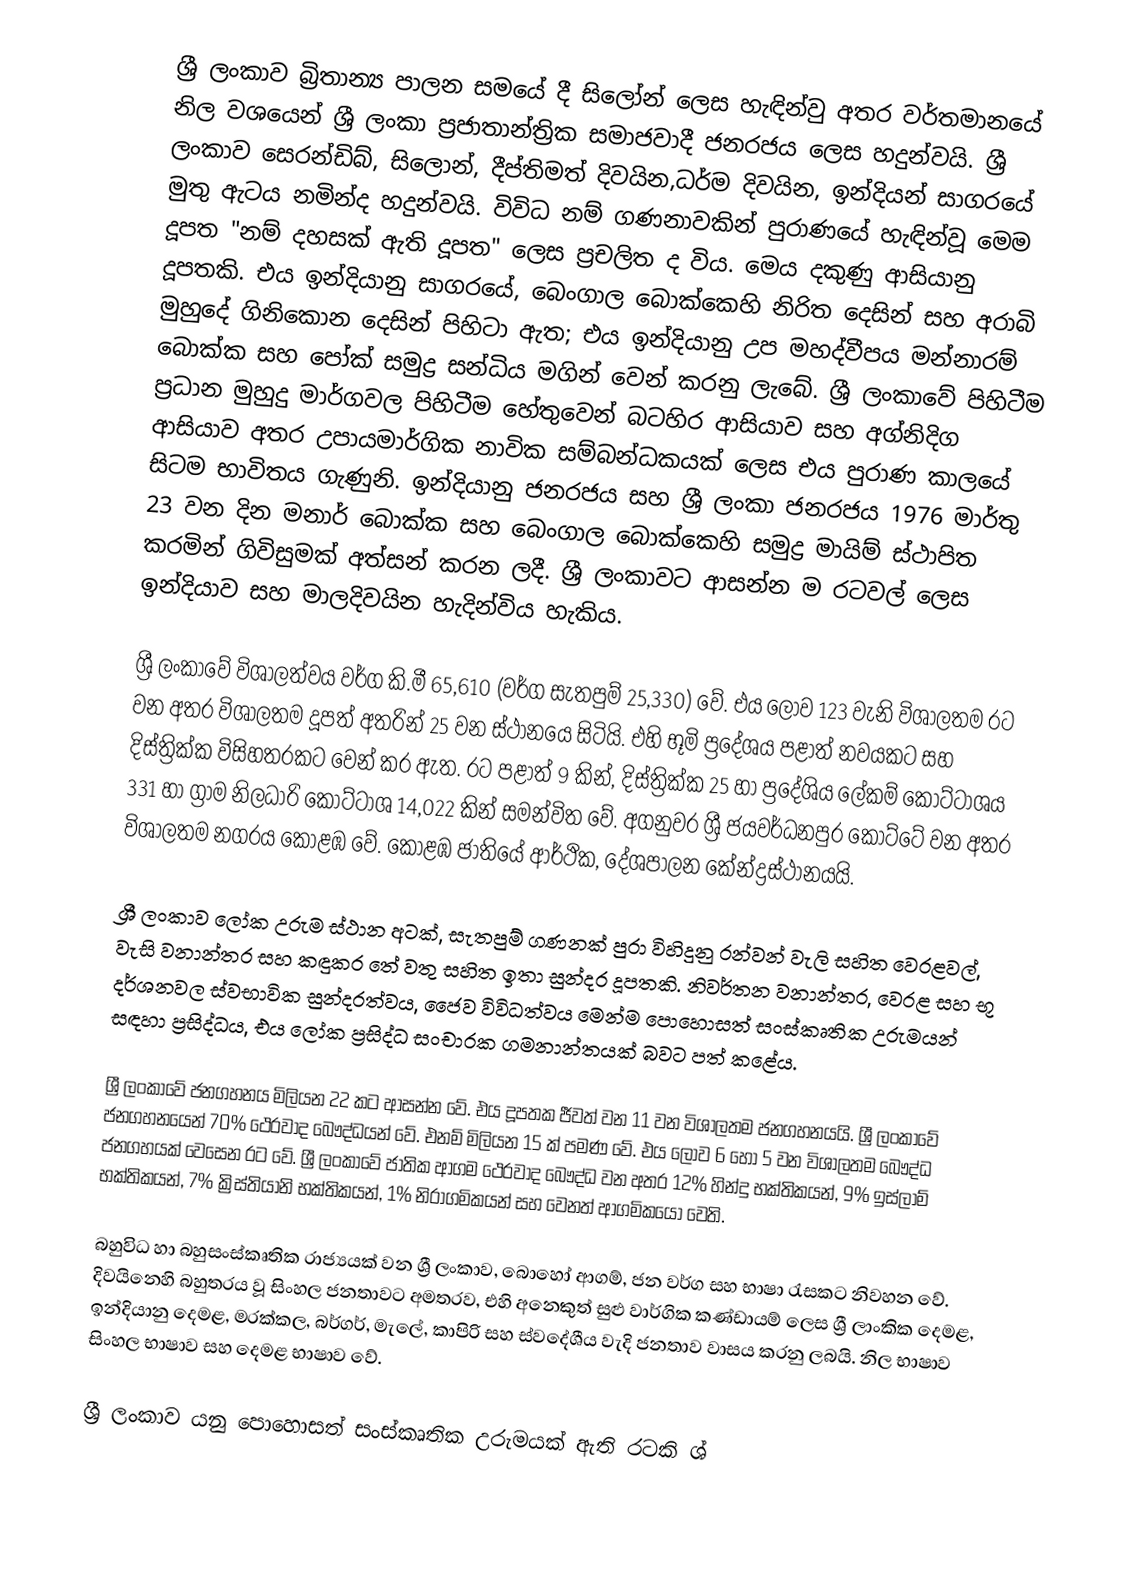
ශ්‍රී ලංකාව බ්‍රිතාන්‍ය පාලන සමයේ දී සිලෝන් ලෙස හැඳින්වු අතර වර්තමානයේ නිල වශයෙන් ශ්‍රී ලංකා ප්‍රජාතාන්ත්‍රික සමාජවාදී ජනරජය ලෙස හදුන්වයි.  ශ්‍රී ලංකාව සෙරන්ඩිබ්, සිලොන්, දීප්තිමත් දිවයින,ධර්ම දිවයින, ඉන්දියන් සාගරයේ මුතු ඇටය නමින්ද හදුන්වයි. විවිධ නම් ගණනාවකින් පුරාණයේ හැඳින්වූ මෙම දූපත "නම් දහසක් ඇති දූපත" ලෙස ප්‍රචලිත ද විය. මෙය දකුණු ආසියානු දූපතකි. එය ඉන්දියානු සාගරයේ, බෙංගාල බොක්කෙහි නිරිත දෙසින් සහ අරාබි මුහුදේ ගිනිකොන දෙසින් පිහිටා ඇත; එය ඉන්දියානු උප මහද්වීපය මන්නාරම් බොක්ක සහ පෝක් සමුද්‍ර සන්ධිය මගින් වෙන් කරනු ලැබේ. ශ්‍රී ලංකාවේ පිහිටීම ප්‍රධාන මුහුදු මාර්ගවල පිහිටීම හේතුවෙන් බටහිර ආසියාව සහ අග්නිදිග ආසියාව අතර උපායමාර්ගික නාවික සම්බන්ධකයක් ලෙස එය පුරාණ කාලයේ සිටම භාවිතය ගැණුනි. ඉන්දියානු ජනරජය සහ ශ්‍රී ලංකා ජනරජය 1976 මාර්තු 23 වන දින මනාර් බොක්ක සහ බෙංගාල බොක්කෙහි සමුද්‍ර මායිම් ස්ථාපිත කරමින් ගිවිසුමක් අත්සන් කරන ලදී. ශ්‍රී ලංකාවට ආසන්න ම රටවල් ලෙස ඉන්දියාව සහ මාලදිවයින හැදින්විය හැකිය.

ශ්‍රී ලංකාවේ විශාලත්වය වර්ග කි.මී 65,610 (වර්ග සැතපුම් 25,330) වේ. එය ලොව 123 වැනි විශාලතම රට වන අතර විශාලතම දූපත් අතරින් 25 වන ස්ථානයෙ සිටියි. එහි භූමි ප්‍රදේශය පළාත් නවයකට සහ දිස්ත්‍රික්ක විසිහතරකට වෙන් කර ඇත. රට පළාත් 9 කින්, දිස්ත්‍රික්ක 25 හා ප්‍රදේශිය ලේකම් කොට්ටාශය 331 හා ග්‍රාම නිලධාරි කොට්ටාශ 14,022 කින් සමන්විත වේ. අගනුවර ශ්‍රී ජයවර්ධනපුර කොට්ටේ වන අතර විශාලතම නගරය කොළඹ වේ. කොළඹ ජාතියේ ආර්ථික, දේශපාලන කේන්ද්‍රස්ථානයයි.

ශ්‍රී ලංකාව ලෝක උරුම ස්ථාන අටක්, සැතපුම් ගණනක් පුරා විහිදුනු රන්වන් වැලි සහිත වෙරළවල්, වැසි වනාන්තර සහ කඳුකර තේ වතු සහිත ඉතා සුන්දර දූපතකි. නිවර්තන වනාන්තර, වෙරළ සහ භූ දර්ශනවල ස්වභාවික සුන්දරත්වය, ජෛව විවිධත්වය මෙන්ම පොහොසත් සංස්කෘතික උරුමයන් සඳහා ප්‍රසිද්ධය, එය ලෝක ප්‍රසිද්ධ සංචාරක ගමනාන්තයක් බවට පත් කළේය.

ශ්‍රී ලංකාවේ ජනගහනය මිලියන 22 කට ආසන්න වේ. එය දූපතක ජීවත් වන 11 වන විශාලතම ජනගහනයයි. ශ්‍රී ලංකාවේ ජනගහනයෙන් 70%  ථෙරවාද බෞද්ධයන් වේ. එනම් මිලියන 15 ක් පමණ වේ. එය ලොව 6 හෝ 5  වන විශාලතම බෞද්ධ ජනගහයක් වෙසෙන රට වේ. ශ්‍රී ලංකාවේ ජාතික ආගම ථෙරවාද බෞද්ධ  වන අතර 12% හින්දු භක්තිකයන්, 9% ඉස්ලාම් භක්තිකයන්, 7% ක්‍රිස්තියානි භක්තිකයන්, 1% නිරාගමිකයන් සහ වෙනත් ආගමිකයෝ වෙති.

බහුවිධ හා බහුසංස්කෘතික රාජ්‍යයක් වන ශ්‍රී ලංකාව, බොහෝ ආගම්, ජන වර්ග සහ භාෂා රැසකට නිවහන වේ. දිවයිනෙහි බහුතරය වූ සිංහල ජනතාවට අමතරව, එහි අනෙකුත් සුළු වාර්ගික කණ්ඩායම් ලෙස ශ්‍රී ලාංකික දෙමළ, ඉන්දියානු දෙමළ, මරක්කල, බර්ගර්, මැලේ, කාපිරි සහ ස්වදේශීය වැදි ජනතාව වාසය කරනු ලබයි. නිල භාෂාව සිංහල භාෂාව සහ දෙමළ භාෂාව වේ.

ශ්‍රී ලංකාව යනු පොහොසත් සංස්කෘතික උරුමයක් ඇති රටකි ශ්‍